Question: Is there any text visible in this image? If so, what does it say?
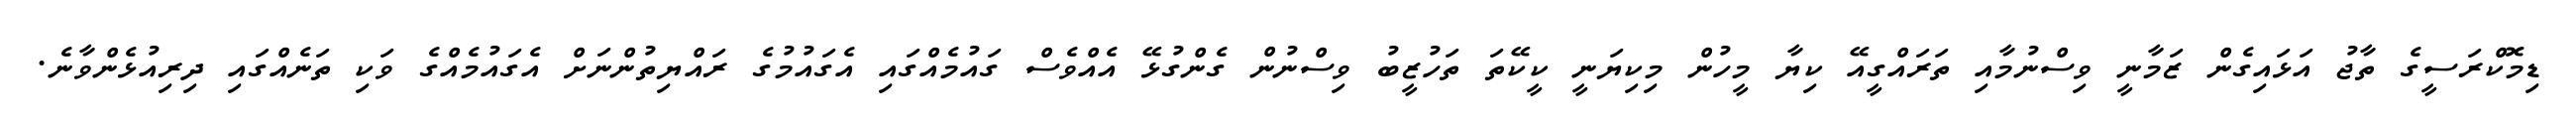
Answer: ޑިމޮކްރަސީގެ ތާޖު އަޅައިގެން ޒަމާނީ ވިސްނުމާއި ތަރައްގީއޭ ކިޔާ މީހުން މިކިޔަނީ ކީކޭތަ ތަހުޒީބު ވިސްނުން ގެންގުޅޭ އެއްވެސް ގައުމެއްގައި އެގައުމުގެ ރައްޔިތުންނަށް އެގައުމެއްގެ ވަކި ތަނެއްގައި ދިރިއުޅެންވާނެ.